Annual report on the working of the lock hospitals in the North-Western Provinces and Oudh
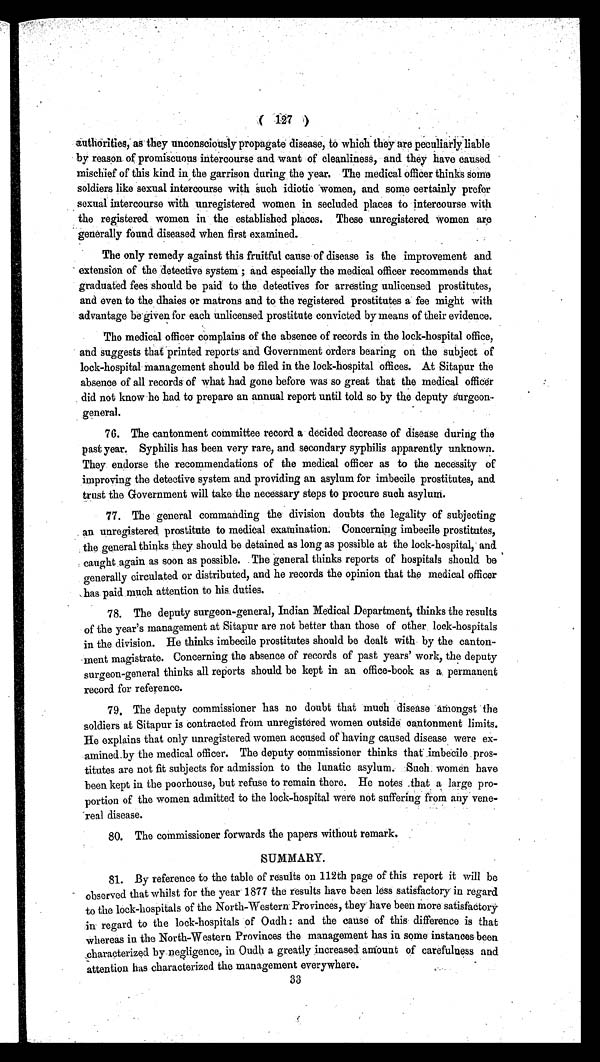
( 127 )
authorities, as they unconsciously propagate disease, to which they are peculiarly liable
by reason of promiscuous intercourse and want of cleanliness, and they have caused
mischief of this kind in the garrison during the year. The medical officer thinks some
soldiers like sexual intercourse with such idiotic women, and some certainly prefer
sexual intercourse with unregistered women in secluded places to intercourse with
the registered women in the established places. These unregistered women are
generally found diseased when first examined.
The only remedy against this fruitful cause of disease is the improvement and
extension of the detective system; and especially the medical officer recommends that
graduated fees should be paid to the detectives for arresting unlicensed prostitutes,
and even to the dhaies or matrons and to the registered prostitutes a fee might with
advantage be given for each unlicensed prostitute convicted by means of their evidence.
The medical officer complains of the absence of records in the lock-hospital office,
and suggests that printed reports and Government orders bearing on the subject of
lock-hospital management should be filed in the lock-hospital offices. At Sitapur the
absence of all records of what had gone before was so great that the medical officer
did not know he had to prepare an annual report until told so by the deputy surgeon-
general.
76. The cantonment committee record a decided decrease of disease during the
past year. Syphilis has been very rare, and secondary syphilis apparently unknown.
They endorse the recommendations of the medical officer as to the necessity of
improving the detective system and providing an asylum for imbecile prostitutes, and
trust the Government will take the necessary steps to procure such asylum.
77. The general commanding the division doubts the legality of subjecting
an unregistered prostitute to medical examination. Concerning imbecile prostitutes,
the general thinks they should be detained as long as possible at the lock-hospital, and
caught again as soon as possible. The general thinks reports of hospitals should be
generally circulated or distributed, and he records the opinion that the medical officer
has paid much attention to his duties.
78. The deputy surgeon-general, Indian Medical Department, thinks the results
of the year's management at Sitapur are not better than those of other lock-hospitals
in the division. He thinks imbecile prostitutes should be dealt with by the canton-
ment magistrate. Concerning the absence of records of past years' work, the deputy
surgeon-general thinks all reports should be kept in an office-book as a permanent
record for reference.
79. The deputy commissioner has no doubt that much disease amongst the
soldiers at Sitapur is contracted from unregistered women outside cantonment limits.
He explains that only unregistered women accused of having caused disease were ex-
amined by the medical officer. The deputy commissioner thinks that imbecile pros-
titutes are not fit subjects for admission to the lunatic asylum. Such women have
been kept in the poorhouse, but refuse to remain there. He notes that a large pro-
portion of the women admitted to the lock-hospital were not suffering from any vene-
real disease.
80. The commissioner forwards the papers without remark.
SUMMARY.
81. By reference to the table of results on 112th page of this report it will be
observed that whilst for the year 1877 the results have been less satisfactory in regard
to the lock-hospitals of the North-Western Provinces, they have been more satisfactory
in regard to the lock-hospitals of Oudh : and the cause of this difference is that
whereas in the North-Western Provinces the management has in some instances been
characterized by negligence, in Oudh a greatly increased amount of carefulness and
attention has characterized the management everywhere.
33